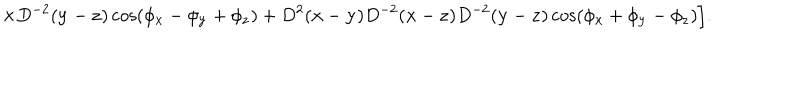
\times D ^ { - 2 } ( { \bf y } - { \bf z } ) \cos \left( \phi _ { \bf x } - \phi _ { \bf y } + \phi _ { \bf z } \right) + D ^ { 2 } ( { \bf x } - { \bf y } ) D ^ { - 2 } ( { \bf x } - { \bf z } ) D ^ { - 2 } ( { \bf y } - { \bf z } ) \cos \left( \phi _ { \bf x } + \phi _ { \bf y } - \phi _ { \bf z } \right) \Bigr ] .